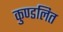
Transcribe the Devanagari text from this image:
कुण्डलित